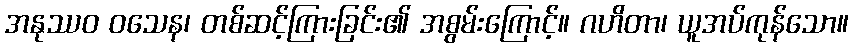
အနုဿဝ ဝသေန၊ တစ်ဆင့်ကြားခြင်း၏ အစွမ်းကြောင့်။ ဂဟိတာ၊ ယူအပ်ကုန်သော။